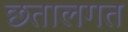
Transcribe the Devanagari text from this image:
छतालगत